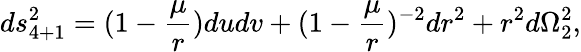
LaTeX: ds_{4+1}^{2}=(1-{\frac{\mu}{r}})dudv+(1-{\frac{\mu}{r}})^{-2}dr^{2}+r^{2}d\Omega_{2}^{2},